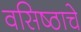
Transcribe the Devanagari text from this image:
वसिष्ठाचे